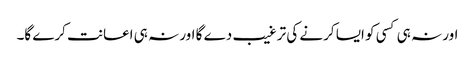
اور نہ ہی کسی کو ایسا کرنے کی ترغیب دے گا اور نہ ہی اعانت کرے گا۔